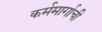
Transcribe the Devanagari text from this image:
कर्ममार्गाची